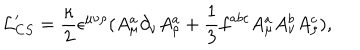
{ \cal L } _ { C S } ^ { \prime } = \frac { \kappa } { 2 } \epsilon ^ { \mu \nu \rho } ( A _ { \mu } ^ { a } \partial _ { \nu } A _ { \rho } ^ { a } + \frac { 1 } { 3 } f ^ { a b c } A _ { \mu } ^ { a } A _ { \nu } ^ { b } A _ { \rho } ^ { c } ) ,